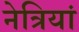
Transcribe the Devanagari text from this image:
नेत्रियां